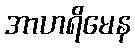
အာဟရိမေန